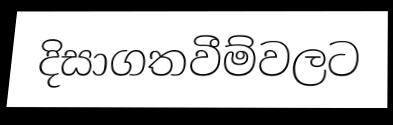
දිසාගතවීම්වලට